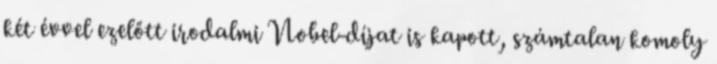
két évvel ezelőtt irodalmi Nobel-díjat is kapott, számtalan komoly